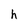
Character: h